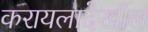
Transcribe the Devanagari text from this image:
करायलादेखील